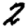
Digit: 2